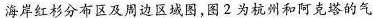
海岸红杉分布区及周边区域图，图2为杭州和阿克塔的气